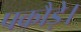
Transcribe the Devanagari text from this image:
पकौड़े।